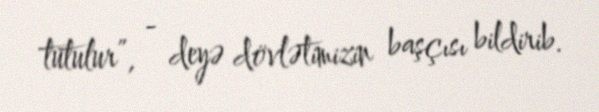
tutulur”, - deyə dövlətimizin başçısı bildirib.